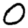
Digit: 0